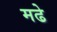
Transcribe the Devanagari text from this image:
मढे